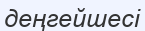
деңгейшесі